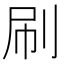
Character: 刷